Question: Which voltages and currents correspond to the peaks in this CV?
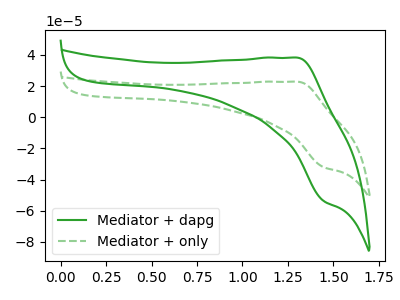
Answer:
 <answer>The green curve "Mediator + dapg" has an anodic peak at (1.30V, 38.20uA) and a cathodic peak at (1.45V, -53.75uA). The green dashed curve "Mediator + only" has an anodic peak at (1.30V, 22.80uA) and a cathodic peak at (1.45V, -32.05uA).</answer>
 <eval></eval>